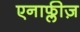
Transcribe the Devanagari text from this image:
एनाफ्लीज़